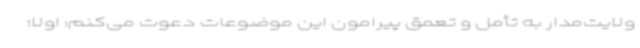
ولایت‌مدار به تأمل و تعمق پیرامون این موضوعات دعوت می‌کنم: اولا؛ً